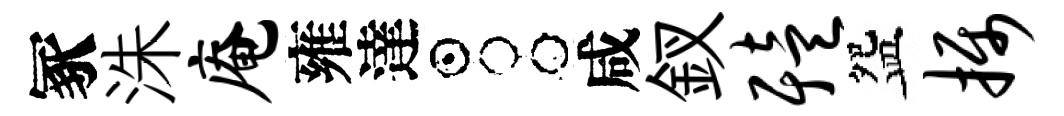
冢洙庵雍達占咸釵殪盌摄